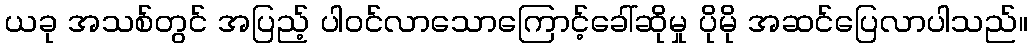
ယခု အသစ်တွင် အပြည့် ပါဝင်လာသောကြောင့်ခေါ်ဆိုမှု ပိုမို အဆင်ပြေလာပါသည်။